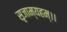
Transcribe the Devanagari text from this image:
सृजाम्यहम्।।